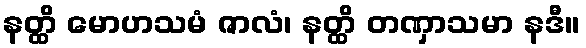
နတ္ထိ မောဟသမံ ဇာလံ၊ နတ္ထိ တဏှာသမာ နဒီ။